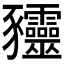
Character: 𰶰